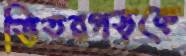
ভিতরগড়কে